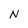
Character: N